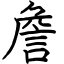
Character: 詹